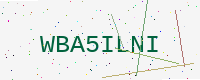
Text: WBA5ILNI